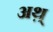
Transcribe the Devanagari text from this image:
अथ़्